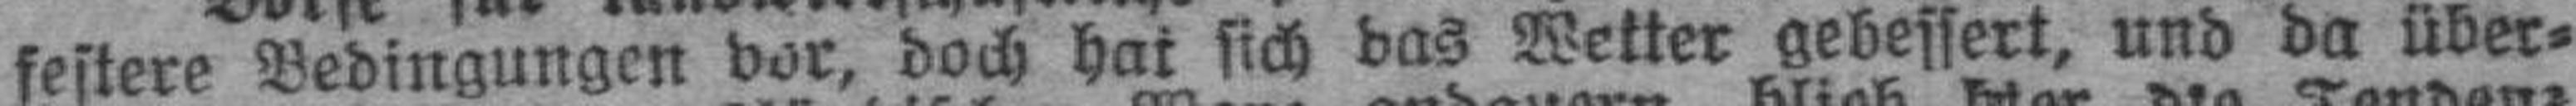
festere Bedingungen vor, doch hat sich das Wetter gebessert, und da über¬